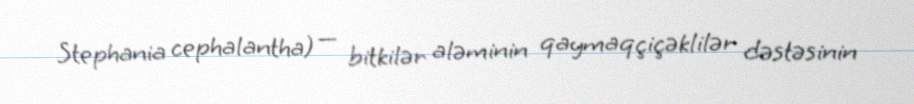
Stephania cephalantha) — bitkilər aləminin qaymaqçiçəklilər dəstəsinin